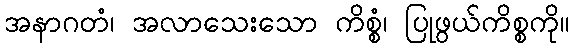
အနာဂတံ၊ အလာသေးသော ကိစ္စံ၊ ပြုဖွယ်ကိစ္စကို။